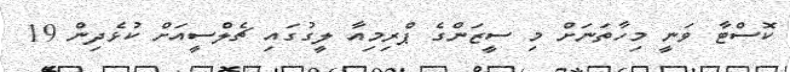
ކޮސްޓާ ވަނީ މިހާތަނަށް މި ސީޒަންގެ ޕްރިމިއާ ލީގުގައި ޗެލްސީއަށް ކުޅެދިން 19